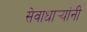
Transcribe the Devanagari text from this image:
सेवाधार्‍यांनी